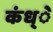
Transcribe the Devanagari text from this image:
कंध्े